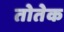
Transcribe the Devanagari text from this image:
तोतेक